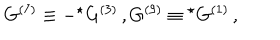
LaTeX: G ^ { ( 7 ) } \equiv - { } ^ { \star } G ^ { ( 3 ) } \, , G ^ { ( 9 ) } \equiv { } ^ { \star } G ^ { ( 1 ) } \, ,